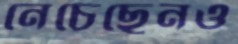
নেচেছেনও